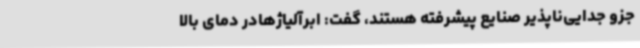
جزو جدایی‌ناپذیر صنایع پیشرفته هستند، گفت: ابرآلیاژهادر دمای بالا